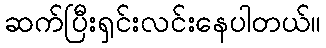
ဆက်ပြီးရှင်းလင်းနေပါတယ်။